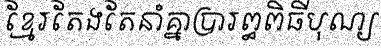
ខ្មែរតែងតែនាំគ្នាប្រារព្ធពិធីបុណ្យ